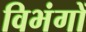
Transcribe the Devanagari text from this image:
विभंगों